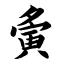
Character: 夤